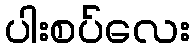
ပါးစပ်လေး